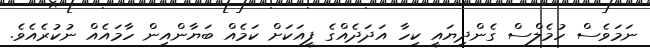
ނަމަވެސް ހުމެލްސް ގެންދިޔައީ ކިހާ އަދަދެއްގެ ފީއަކަށް ކަމެއް ބަޔާންއިން ހާމައެއް ނުކުރެއެވެ.